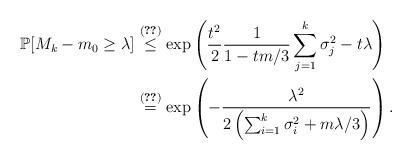
LaTeX: \begin{align*}\mathbb{P}[M_k-m_0\geq \lambda]&\stackrel{\eqref{expbound}}{\leq} \exp\left(\frac{t^{2}}{2}\frac{1}{1-tm/3}\sum_{j=1}^k\sigma_j^2-t\lambda\right)\\&\stackrel{\eqref{paramchoice}}{=}\exp\left(-\frac{\lambda^2}{2\left(\sum_{i=1}^k \sigma_i^2+m\lambda/3\right)}\right).\end{align*}